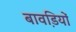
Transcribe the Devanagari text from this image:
बावडि़यों